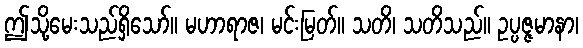
ဤသို့မေးသည်ရှိသော်။ မဟာရာဇ၊ မင်းမြတ်။ သတိ၊ သတိသည်။ ဥပ္ပဇ္ဇမာနာ၊